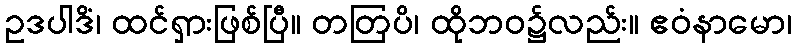
ဥဒပါဒိံ၊ ထင်ရှားဖြစ်ပြီ။ တတြပိ၊ ထိုဘဝ၌လည်း။ ဧဝံနာမော၊